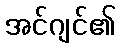
အင်ဂျင်၏